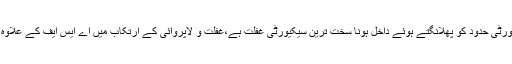
ذرائع کا کہنا ہے کہ کراچی ائیرپورٹ پر ریڈ الرٹ کے باوجود بائیک سوار کا تمام سیکیورٹی حدود کو پھلانگتے ہوئے داخل ہونا سخت ترین سیکیورٹی غفلت ہے،غفلت و لاپروائی کے ارتکاب میں اے ایس ایف کے علاوہ سول ایوی ایشن اتھارٹی کے سیکیورٹی اینڈ ویجی لینس کا عملہ بھی برابرکا مرتکب ہے۔